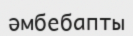
әмбебапты